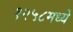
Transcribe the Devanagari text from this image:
१२५८मध्ये